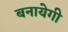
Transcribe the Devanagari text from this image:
बनायेगी